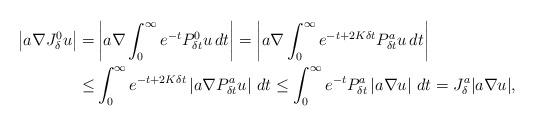
LaTeX: \begin{align*}\begin{aligned}\left|a\nabla J_{\delta}^{0}u\right|= & \left|a\nabla\int_{0}^{\infty}e^{-t}P_{\delta t}^{0}u\,dt\right|=\left|a\nabla\int_{0}^{\infty}e^{-t+2K\delta t}P_{\delta t}^{a}u\,dt\right|\\\le & \int_{0}^{\infty}e^{-t+2K\delta t}\left|a\nabla P_{\delta t}^{a}u\right|\,dt\le\int_{0}^{\infty}e^{-t}P_{\delta t}^{a}\left|a\nabla u\right|\,dt=J_{\delta}^{a}|a\nabla u|,\end{aligned}\end{align*}